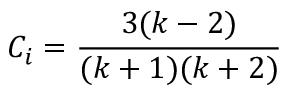
C _ { i } = \frac { 3 ( k - 2 ) } { ( k + 1 ) ( k + 2 ) }